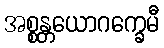
အစ္စန္တယောဂက္ခေမီ